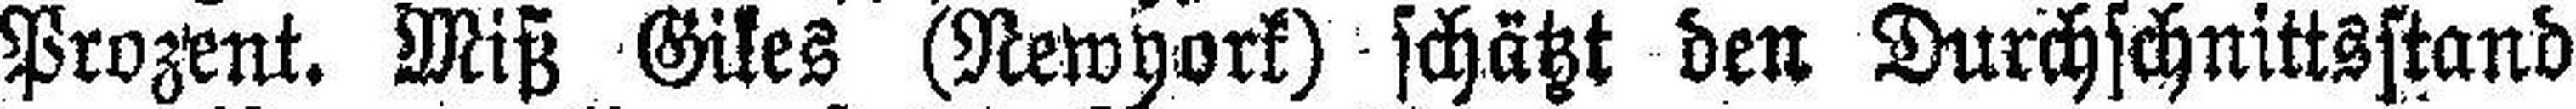
Prozent. Miß Giles (Newyork) schätzt den Durchschnittsstand